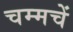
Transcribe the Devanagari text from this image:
चम्मचें